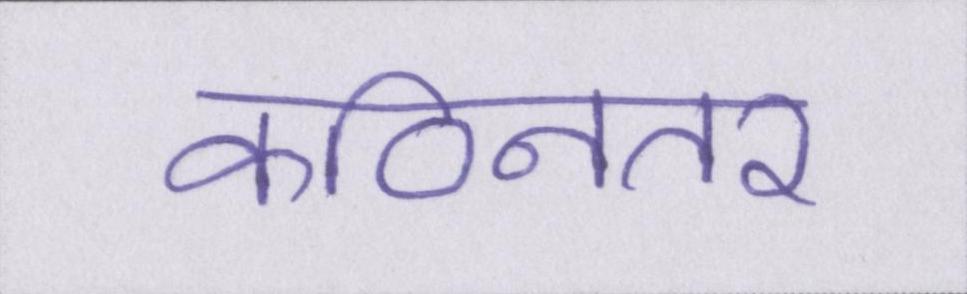
कठिनतर